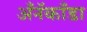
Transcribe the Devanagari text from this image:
अँनॅकाँडा